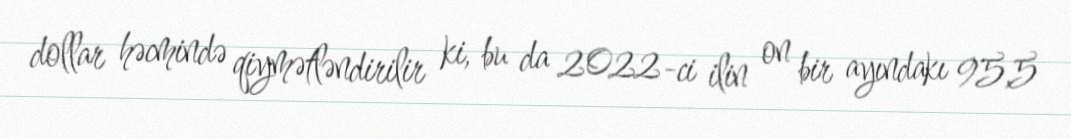
dollar həcmində qiymətləndirilir ki, bu da 2022-ci ilin on bir ayındakı 95,5